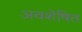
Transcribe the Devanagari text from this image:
अवशेषित